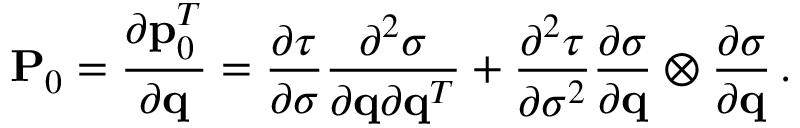
{ \bf P } _ { 0 } = \frac { \partial { \bf p } _ { 0 } ^ { T } } { \partial { \bf q } } = \frac { \partial \tau } { \partial \sigma } \frac { \partial ^ { 2 } \sigma } { \partial { \bf q } \partial { \bf q } ^ { T } } + \frac { \partial ^ { 2 } \tau } { \partial \sigma ^ { 2 } } \frac { \partial \sigma } { \partial { \bf q } } \otimes \frac { \partial \sigma } { \partial { \bf q } } \, .